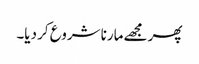
پھر مجھے مارنا شروع کر دیا۔